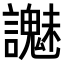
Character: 𧭵